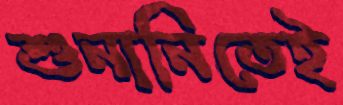
শুনানিতেই